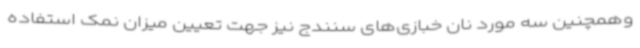
وهمچنین سه مورد نان خبازی‌های سنندج نیز جهت تعیین میزان نمک استفاده